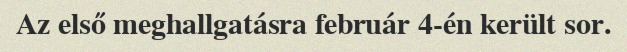
Az első meghallgatásra február 4-én került sor.